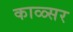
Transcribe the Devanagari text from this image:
काळ्सर